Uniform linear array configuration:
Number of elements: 12
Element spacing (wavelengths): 0.25
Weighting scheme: cosine
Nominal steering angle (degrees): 60
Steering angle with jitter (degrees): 59.193
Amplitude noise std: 0.05
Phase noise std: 0.05

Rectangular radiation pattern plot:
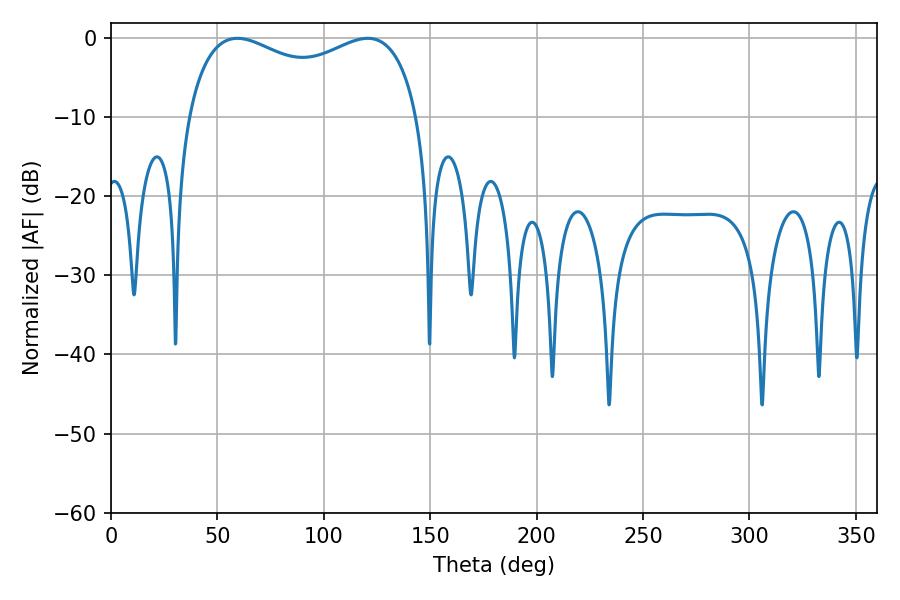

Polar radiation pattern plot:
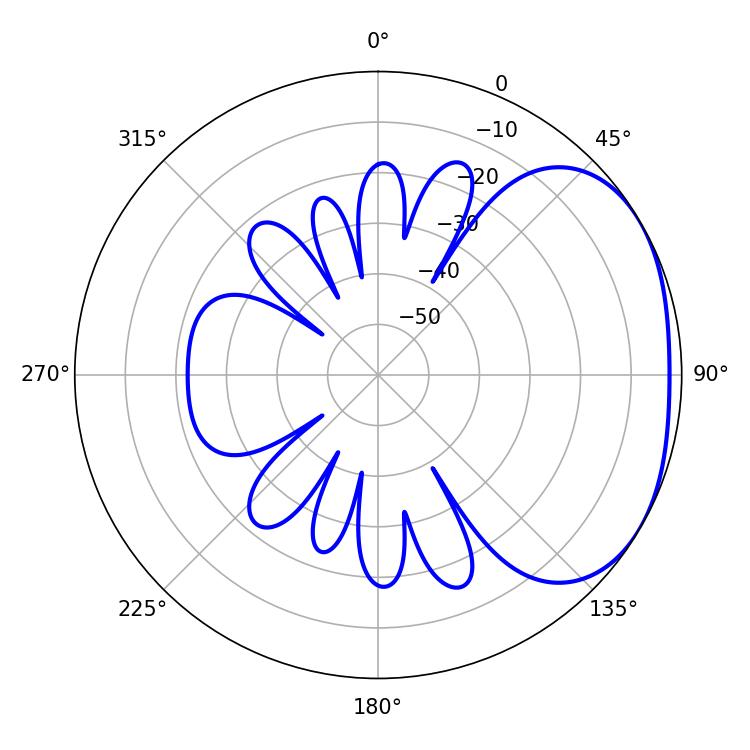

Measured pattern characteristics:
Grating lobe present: FALSE
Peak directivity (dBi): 2.379
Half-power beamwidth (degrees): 90
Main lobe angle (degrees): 59.4